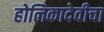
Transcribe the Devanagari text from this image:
होलिकादेवीचा